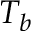
T _ { b }